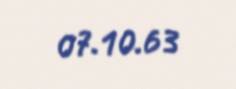
07.10.63